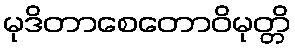
မုဒိတာစေတောဝိမုတ္တိ